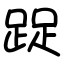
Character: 踀